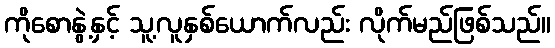
ကိုစောနွဲ့နှင့် သူ့လူနှစ်ယောက်လည်း လိုက်မည်ဖြစ်သည်။